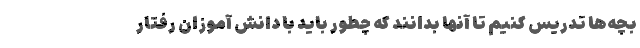
بچه‌ها تدریس کنیم تا آنها بدانند که چطور باید با دانش آموزان رفتار